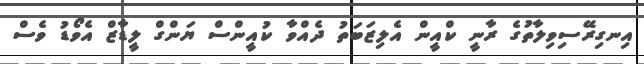
އިނގިރޭސިވިލާތުގެ ރާނީ ކްއީން އެލިޒަބަތު ދެއްވާ ކުއީންސް ޔަންގް ލީޑާޒް އެވޯޑު ވެސް